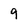
Character: 9